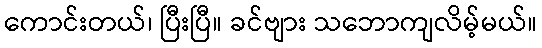
ကောင်းတယ်၊ ပြီးပြီ။ ခင်ဗျား သဘောကျလိမ့်မယ်။